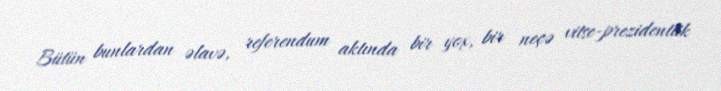
Bütün bunlardan əlavə, referendum aktında bir yox, bir neçə vitse-prezidentlik